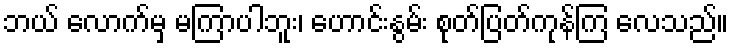
ဘယ် လောက်မှ မကြာပါဘူး၊ ဟောင်းနွမ်း စုတ်ပြတ်ကုန်ကြ လေသည်။